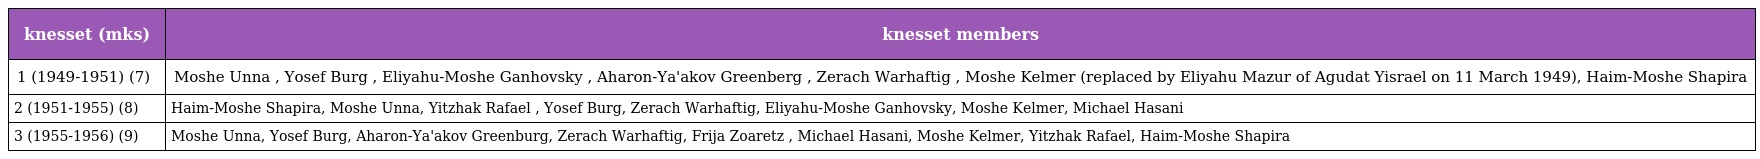
| knesset (mks) | knesset members |
 | --- | --- |
 | 1 (1949-1951) (7) | Moshe Unna , Yosef Burg , Eliyahu-Moshe Ganhovsky , Aharon-Ya'akov Greenberg , Zerach Warhaftig , Moshe Kelmer (replaced by Eliyahu Mazur of Agudat Yisrael on 11 March 1949), Haim-Moshe Shapira |
 | 2 (1951-1955) (8) | Haim-Moshe Shapira, Moshe Unna, Yitzhak Rafael , Yosef Burg, Zerach Warhaftig, Eliyahu-Moshe Ganhovsky, Moshe Kelmer, Michael Hasani |
 | 3 (1955-1956) (9) | Moshe Unna, Yosef Burg, Aharon-Ya'akov Greenburg, Zerach Warhaftig, Frija Zoaretz , Michael Hasani, Moshe Kelmer, Yitzhak Rafael, Haim-Moshe Shapira |